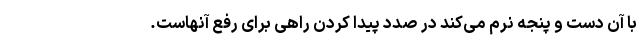
با آن دست و پنجه نرم می‌کند در صدد پیدا کردن راهی برای رفع آنهاست.